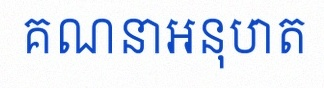
គណនាអនុបាត